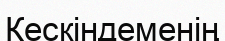
Кескіндеменің